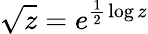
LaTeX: {\sqrt{z}}=e^{{\frac{1}{2}}\log z}